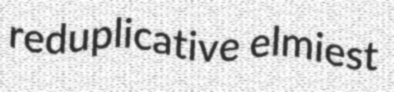
reduplicative elmiest